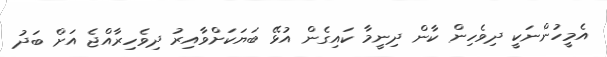
އެމީހުންނަކީ ދިވެހިން ކާން ދިނީމާ ކައިގެން އުޅޭ ބަޔަކަށްވާއިރު ދިވެހިރާއްޖެ އަށް ބަދު